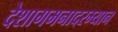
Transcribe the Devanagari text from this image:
देशागमनादरम्यान